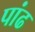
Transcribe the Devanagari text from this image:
पांढ